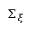
\Sigma _ { \xi }